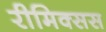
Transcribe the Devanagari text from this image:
रीमिक्सस